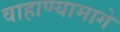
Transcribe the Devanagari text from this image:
वाहाण्यामागे